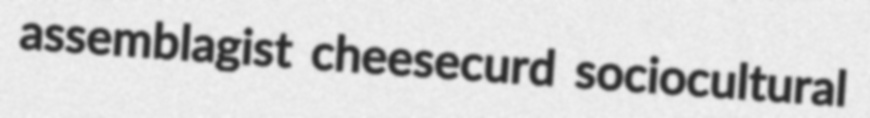
assemblagist cheesecurd sociocultural